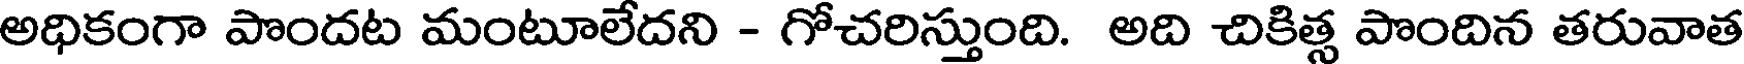
అధికంగా పొందట మంటూలేదని - గోచరిస్తుంది. అది చికిత్స పొందిన తరువాత